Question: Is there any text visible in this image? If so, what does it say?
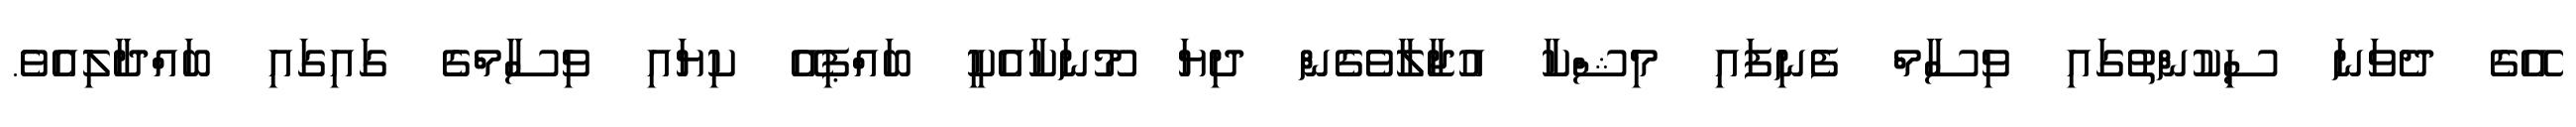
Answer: އޭގެ ދެވަނަ ސިކުންތުގައި ވިސާމް ފެނިފައި މިޝްކާ އުޖާލާވެގެން ދިޔަ މޫނަކާއެކީ ބައްޕިއޭ ކިޔައި ވިސާމްގެ ގައިގައި ބައްދާލިއެވެ.